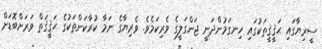
ސީރިޔާގައި ޙަޤީޤީތަކުގައި ހިނގަމުންދަނީ ޖަންގަލީގެ ވެރިކަމެވެ. ވެރިޔާގެ ނަމާ ކުރާކަންތަކުގެ ޙަޤީޤަތް ވަރަށްބޮޑަށް